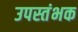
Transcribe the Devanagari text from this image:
उपस्तंभक